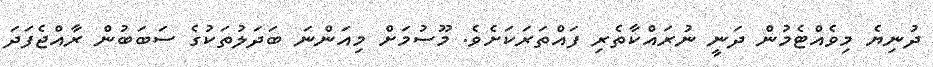
ދުނިޔެ މިވެއްޓެމުން ދަނީ ނުރައްކާތެރި ފައްތަރަކަށެވެ. މޫސުމަށް މިއަންނަ ބަދަލުތަކުގެ ސަބަބުން ރާއްޖެފަދަ